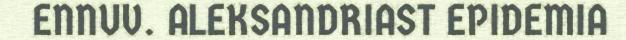
ENNUV. ALEKSANDRIAST EPIDEMIA